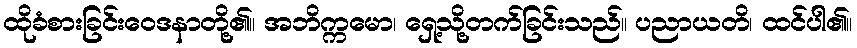
ထိုခံစားခြင်းဝေဒနာတို့၏။ အဘိက္ကမော၊ ရှေ့သို့တက်ခြင်းသည်။ ပညာယတိ၊ ထင်ပါ၏။